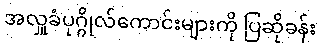
အလှူခံပုဂ္ဂိုလ်ကောင်းများကို ပြဆိုခန်း